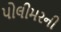
પોલીમરની